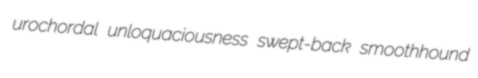
urochordal unloquaciousness swept-back smoothhound